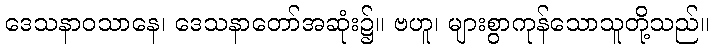
ဒေသနာဝသာနေ၊ ဒေသနာတော်အဆုံး၌။ ဗဟူ၊ များစွာကုန်သောသူတို့သည်။